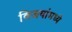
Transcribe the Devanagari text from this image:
विजयांमध्ये